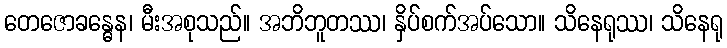
တေဇောခန္ဓေန၊ မီးအစုသည်။ အဘိဘူတဿ၊ နှိပ်စက်အပ်သော။ သိနေရုဿ၊ သိနေရု